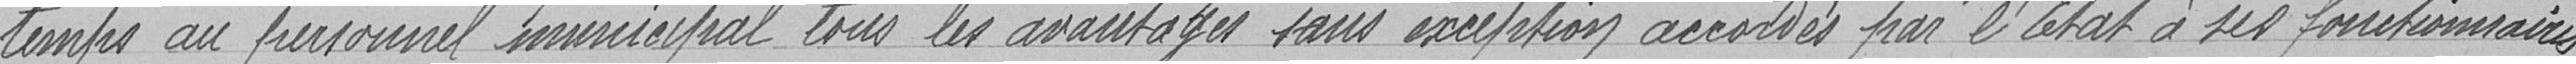
temps au personnel municipal tous les avantages sous acceptation accordés par l'état à ses fonctionnaires